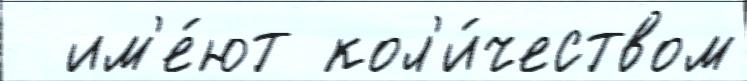
  им'е́ют кол'и́чеством